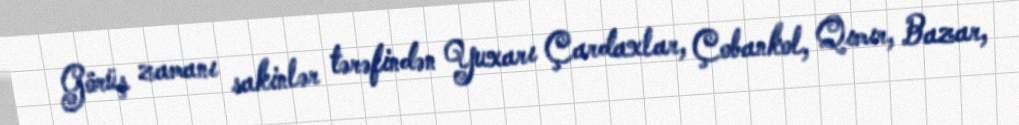
Görüş zamanı sakinlər tərəfindən Yuxarı Çardaxlar, Çobankol, Qımır, Bazar,